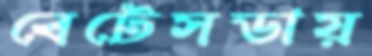
বেটেসডায়